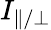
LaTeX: I_{\parallel/\perp}